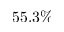
5 5 . 3 \%